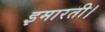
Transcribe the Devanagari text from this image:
इमारती।